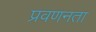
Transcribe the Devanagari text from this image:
प्रवणनता